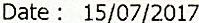
DATE : 15/07/2017